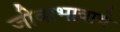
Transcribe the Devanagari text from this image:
जीवाभावाचे